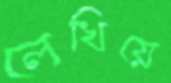
লেখিয়ে